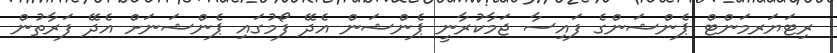
ރިޓަޔަރމަންޓް ޕެންޝަންގެ ފައިސާ ޖަމާކުރާނީ ޕެންޝަން އެދޭ ފޯމުގައި ޕެންޝަނަށް އެދޭ ފަރާތުން